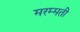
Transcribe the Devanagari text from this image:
मरम्‍मती